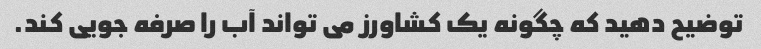
توضیح دهید که چگونه یک کشاورز می تواند آب را صرفه جویی کند.